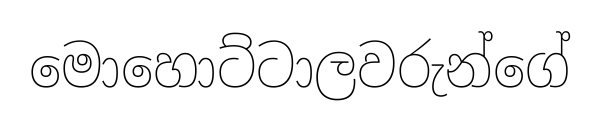
මොහොට්ටාලවරුන්ගේ